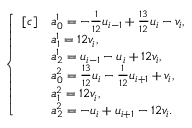
\begin{array} { r } { \left\{ \begin{array} { r l } { [ c ] } & { a _ { 0 } ^ { 1 } = - \frac { 1 } { 1 2 } u _ { i - 1 } + \frac { 1 3 } { 1 2 } u _ { i } - v _ { i } , } \\ & { a _ { 1 } ^ { 1 } = 1 2 v _ { i } , } \\ & { a _ { 2 } ^ { 1 } = u _ { i - 1 } - u _ { i } + 1 2 v _ { i } , } \\ & { a _ { 0 } ^ { 2 } = \frac { 1 3 } { 1 2 } u _ { i } - \frac { 1 } { 1 2 } u _ { i + 1 } + v _ { i } , } \\ & { a _ { 1 } ^ { 2 } = 1 2 v _ { i } , } \\ & { a _ { 2 } ^ { 2 } = - u _ { i } + u _ { i + 1 } - 1 2 v _ { i } . } \end{array} \right. } \end{array}